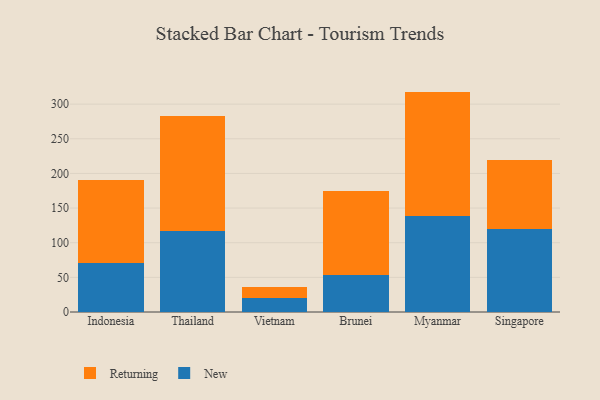
{"axis": {"x": "Country", "y": "Net Income (USD K)"}, "legend": ["New", "Returning"], "data": [{"x": "Indonesia", "y": 70.3, "type": "New"}, {"x": "Indonesia", "y": 119.5, "type": "Returning"}, {"x": "Thailand", "y": 117.2, "type": "New"}, {"x": "Thailand", "y": 165.8, "type": "Returning"}, {"x": "Vietnam", "y": 19.6, "type": "New"}, {"x": "Vietnam", "y": 16.7, "type": "Returning"}, {"x": "Brunei", "y": 53.5, "type": "New"}, {"x": "Brunei", "y": 121.1, "type": "Returning"}, {"x": "Myanmar", "y": 138.7, "type": "New"}, {"x": "Myanmar", "y": 179.4, "type": "Returning"}, {"x": "Singapore", "y": 120.2, "type": "New"}, {"x": "Singapore", "y": 99.5, "type": "Returning"}]}